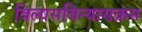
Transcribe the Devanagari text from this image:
विलासविन्यासक्रम